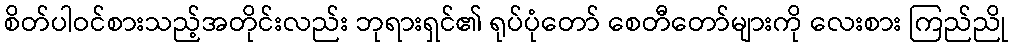
စိတ်ပါဝင်စားသည့်အတိုင်းလည်း ဘုရားရှင်၏ ရုပ်ပုံတော် စေတီတော်များကို လေးစား ကြည်ညို